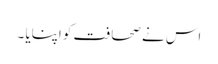
اس نے صحافت کو اپنایا ۔